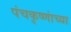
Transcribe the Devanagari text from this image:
पंचकृष्णांच्या